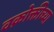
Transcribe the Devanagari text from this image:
वक्रोक्तीच्या